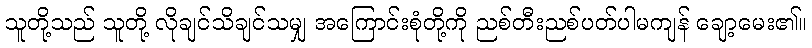
သူတို့သည် သူတို့ လိုချင်သိချင်သမျှ အကြောင်းစုံတို့ကို ညစ်တီးညစ်ပတ်ပါမကျန် ချော့မေး၏။